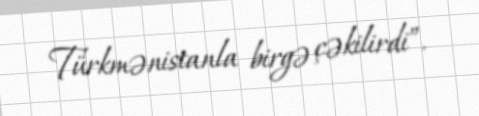
Türkmənistanla birgə çəkilirdi”.